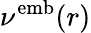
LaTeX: \nu^{\textrm{{emb}}}(r)